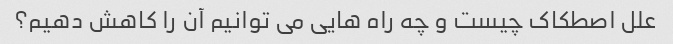
علل اصطکاک چیست و چه راه هایی می توانیم آن را کاهش دهیم؟